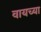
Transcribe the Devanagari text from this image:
वायच्या